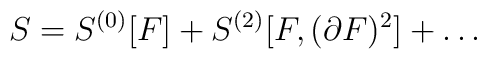
S=S^{(0)}[F]+S^{(2)}[F,(\partial F)^2]+\dots